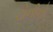
ટોનીનો